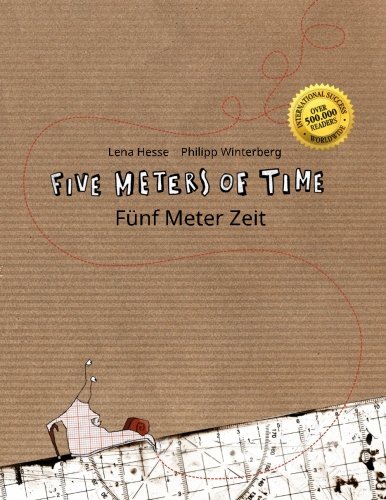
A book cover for Five Meters of Time/FÃ¼nf Meter Zeit: Children's Picture Book English-German (Bilingual Edition); Philipp Winterberg; Children's Books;